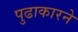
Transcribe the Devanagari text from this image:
पुढाकारने